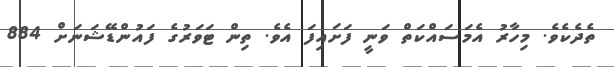
ތެދެކެވެ. މިހާރު އެމަސައްކަތް ވަނީ ފަށައިފަ އެވެ. ތިން ޓަވަރުގެ ފައުންޑޭޝަނަށް 884